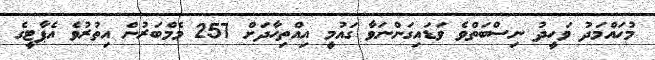
މުހައްމަދު ވަހީދު ނިސްބަތްވެ ވަޑައިގަންނަވާ ގައުމީ އިއްތިހާދަށް 257 މެމްބަރުން އިތުރުވެ އެޕާޓީގެ